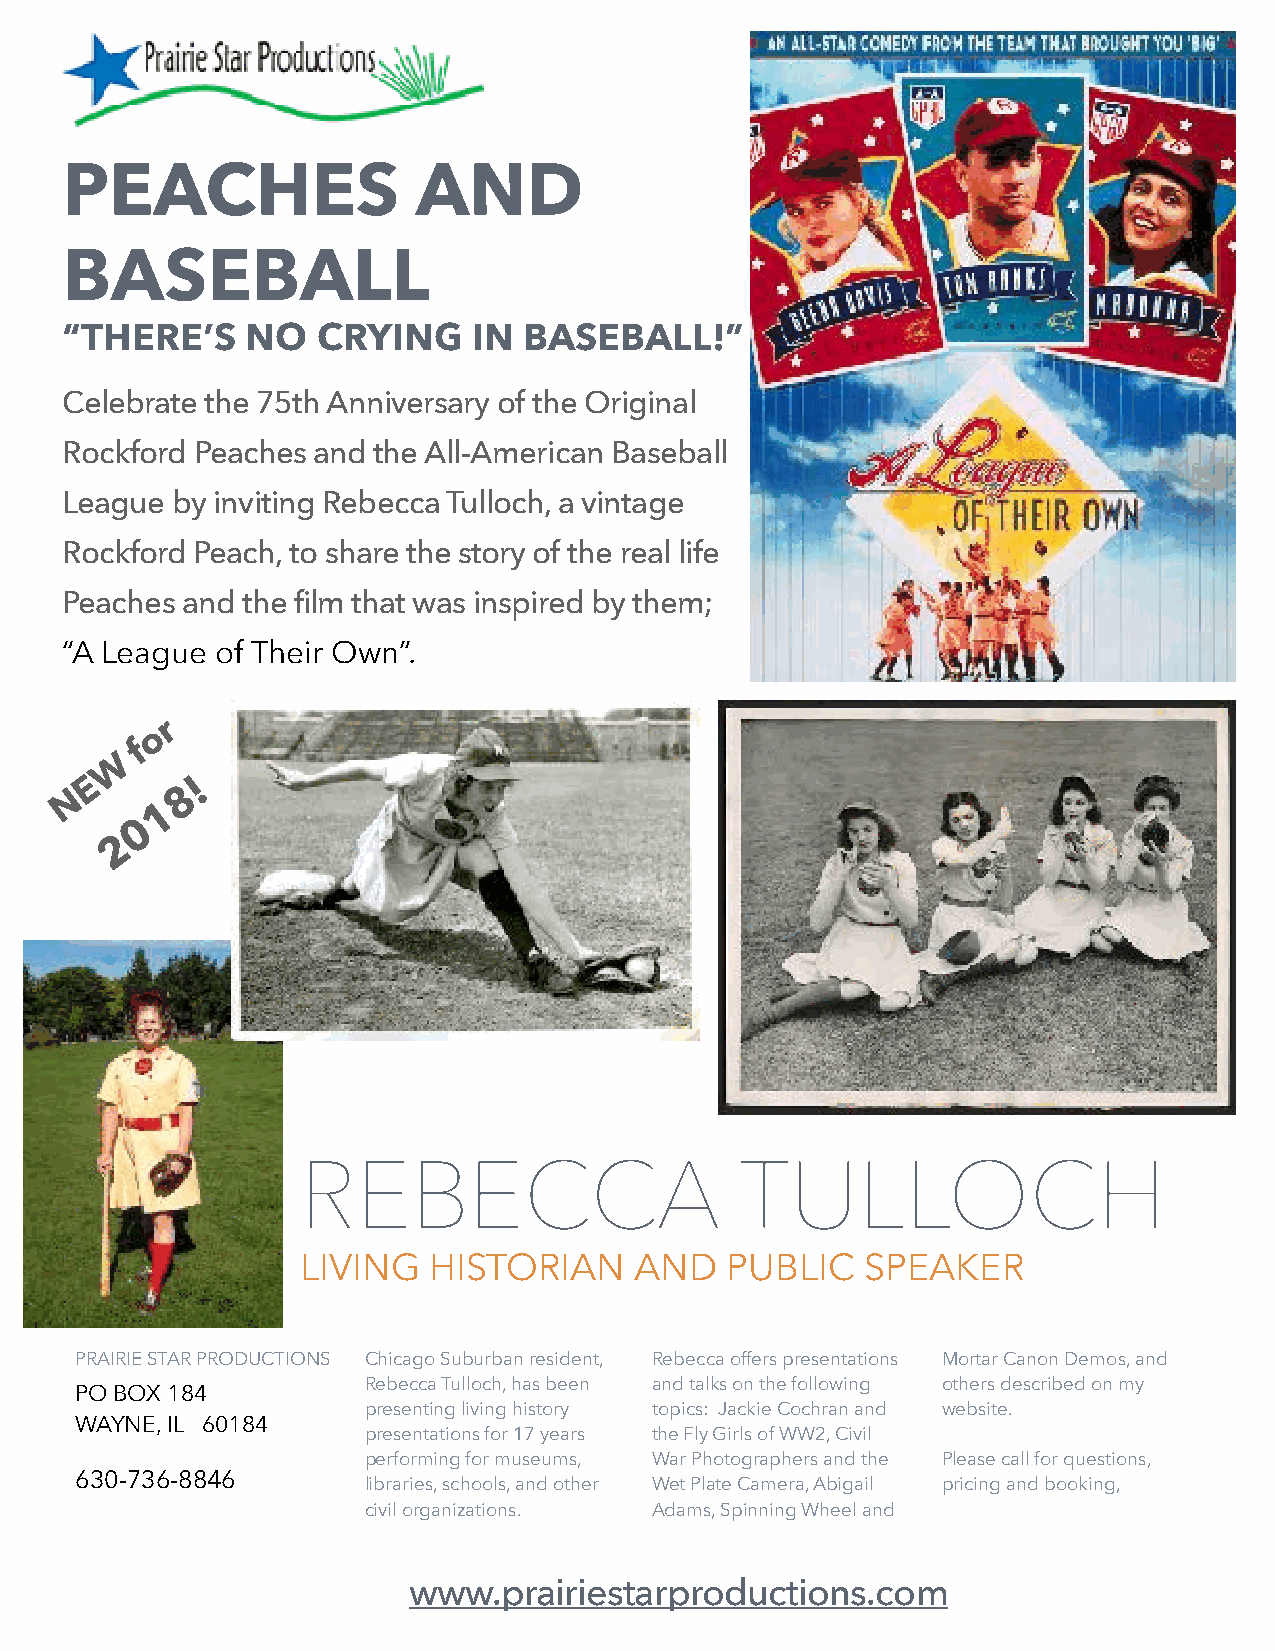
PEACHES                 AND
 BASEBALL
 “THERE’S    NO   CRYING    IN  BASEBALL!”
 Celebrate the 75th Anniversary of the Original
 Rockford Peaches and the All-American Baseball
 League by inviting Rebecca Tulloch, a vintage
 Rockford Peach, to share the story of the real life
 Peaches and the film that was inspired by them;
 “A League of Their Own”.
 r
 o
 f
 W
 E      !
 N      8
 1
 0
 2
 L
 OUISA
 M
 AY
 A
 LCOT
 AUTHOR  AND NURSE
 REBECCA                      TULLOCH
 LIVING  HISTORIAN     AND   PUBLIC   SPEAKER
 PRAIRIE STAR PRODUCTIONS Chicago Suburban resident, Rebecca offers presentations Mortar Canon Demos, and
 PO BOX 184
 Rebecca Tulloch, has been and talks on the following others described on my
 presenting living history topics: Jackie Cochran and website.
 WAYNE, IL 60184
 presentations for 17 years the Fly Girls of WW2, Civil
 performing for museums, War Photographers and the Please call for questions,
 630-736-8846       libraries, schools, and other Wet Plate Camera, Abigail pricing and booking,
 civil organizations. Adams, Spinning Wheel and
 www.prairiestarproductions.com